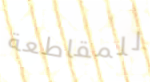
للمقاطعة